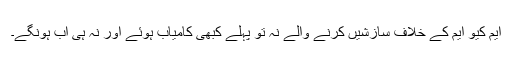
ایم کیو ایم کے خلاف سازشیں کرنے والے نہ تو پہلے کبھی کامیاب ہوئے اور نہ ہی اب ہونگے۔